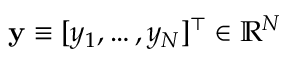
\mathbf { y } \equiv [ y _ { 1 } , \dots , y _ { N } ] ^ { \top } \in \mathbb { R } ^ { N }